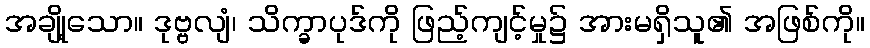
အချို့သော။ ဒုဗ္ဗလျံ၊ သိက္ခာပုဒ်ကို ဖြည့်ကျင့်မှု၌ အားမရှိသူ၏ အဖြစ်ကို။